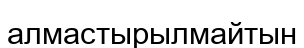
алмастырылмайтын